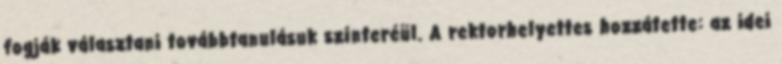
fogják választani továbbtanulásuk színteréül. A rektorhelyettes hozzátette: az idei